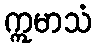
ဣမာသံ